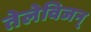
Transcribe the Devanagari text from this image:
तेलेविजन्